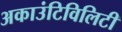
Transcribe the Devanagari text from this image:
अकाउंटिविलिटी